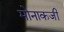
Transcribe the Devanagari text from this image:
मोनाकजी